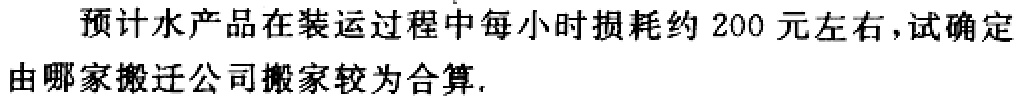
预计水产品在装运过程中每小时损耗约 200 元左右,试确定由哪家搬迁公司搬家较为合算.